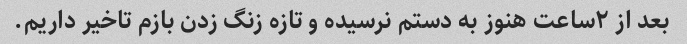
بعد از ۲ساعت هنوز به دستم نرسیده و تازه زنگ زدن بازم تاخیر داریم.